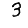
Digit: 3